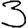
Digit: 3